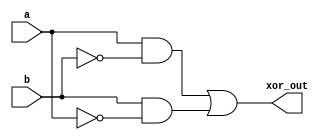
module xor_gate (
    input a,
    input b,
    output xor_out
);

wire pass1, pass2, block1, block2;

assign pass1 = a;
assign pass2 = b;
assign block1 = ~a;
assign block2 = ~b;

assign xor_out = pass1 & block2 | pass2 & block1;

endmodule